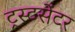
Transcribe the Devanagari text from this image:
ट्रस्टसेंटर